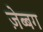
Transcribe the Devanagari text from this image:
ज़ेब्बग